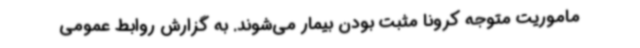
ماموریت متوجه کرونا مثبت بودن بیمار می‌شوند. به گزارش روابط عمومی